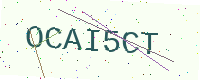
Text: OCAI5CT